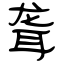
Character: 聋